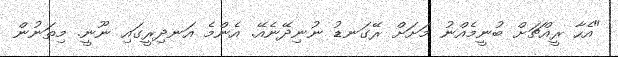
"އެހާ ރީއްޗަށް ބުނީމެއްނު މަށަށް ރޭގަނޑު ނުނިދޭނެއޭ. އެންމެ އަނދިރީގައި ނޫނީ. މިތަނުން